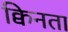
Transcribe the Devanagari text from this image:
क्विनता